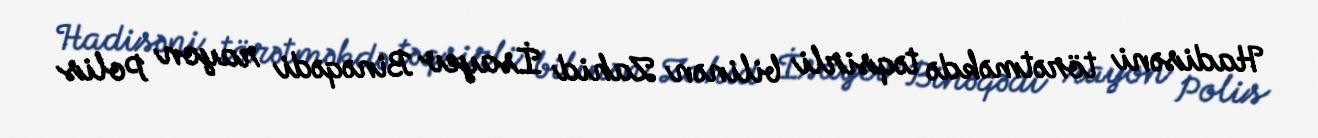
Hadisəni törətməkdə təqsirli bilinən Zahid İsayev Binəqədi rayon Polis